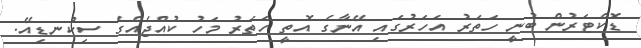
ޑޮކްޓަރުން ބުނީ ހަތަރު އަހަރުގައި އޭނާގެ އޮތީ ހަތަރު މަހު ކުއްޖެއްގެ ސިކުނޑިއޭ.